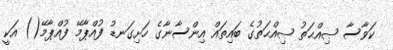
ކަވާސާ ޞިއްޙަތު ޞިއްޙަތުގެ ބައިތައް އިންސާނާގެ ހަށިގަނޑު ފުއްޕާމޭ ފުއްޕާމޭ() އަކީ